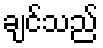
ချင်သည်